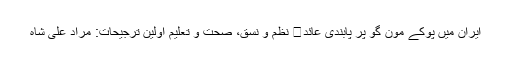
ایران میں پوکے مون گو پر پابندی عائد	 نظم و نسق، صحت و تعلیم اولین ترجیحات: مراد علی شاہ